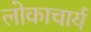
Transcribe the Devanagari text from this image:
लोकाचार्य